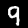
Digit: 9